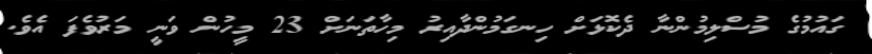
ގައުމުގެ މުސްލިމުންނާ ދެކޮޅަށް ހިނގަމުންދާއިރު މިހާތަނަށް 23 މީހުން ވަނީ މަރުވެފަ އެވެ.